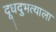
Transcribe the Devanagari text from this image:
दूधदुभत्याला